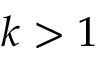
k > 1